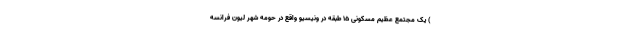
) یک مجتمع عظیم مسکونی ۱۵ طبقه در ونیسیو واقع در حومه شهر لیون فرانسه